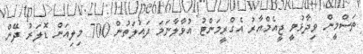
ތަސްމީން ވިދާޅުވީ ޖީއެމްއާރު އެގްރީމަންޓު އުވާލާނަމަ ދައުލަތުން 700 މިލިއަން ޑޮލަރު ދޭން